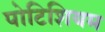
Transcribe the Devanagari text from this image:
पोटिशियम